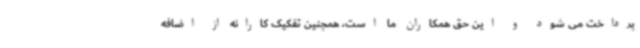
پرداخت می شود و این حق همکاران ما است، همچنین تفکیک کارانه از اضافه